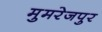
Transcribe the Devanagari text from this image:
मुमरेजपुर